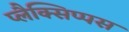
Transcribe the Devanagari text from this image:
प्लैक्सिप्पस